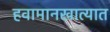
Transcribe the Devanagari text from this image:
हवामानखात्यात